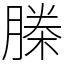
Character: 榺